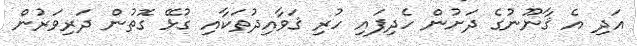
އަދި އެ ޤާނޫނުގެ ދަށުން ހެދިފައި ހުރި ޤަވާއިދުތަކާއި ގުޅޭ ގޮތުން ދަރިވަރުން